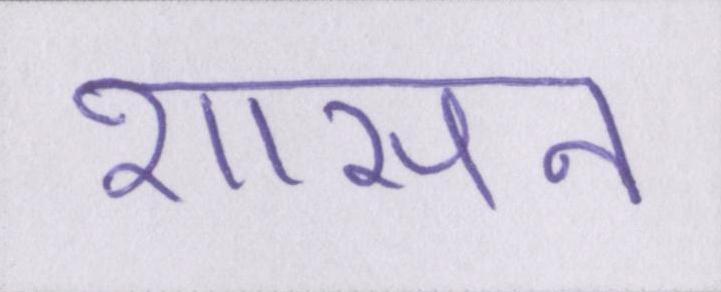
शासन